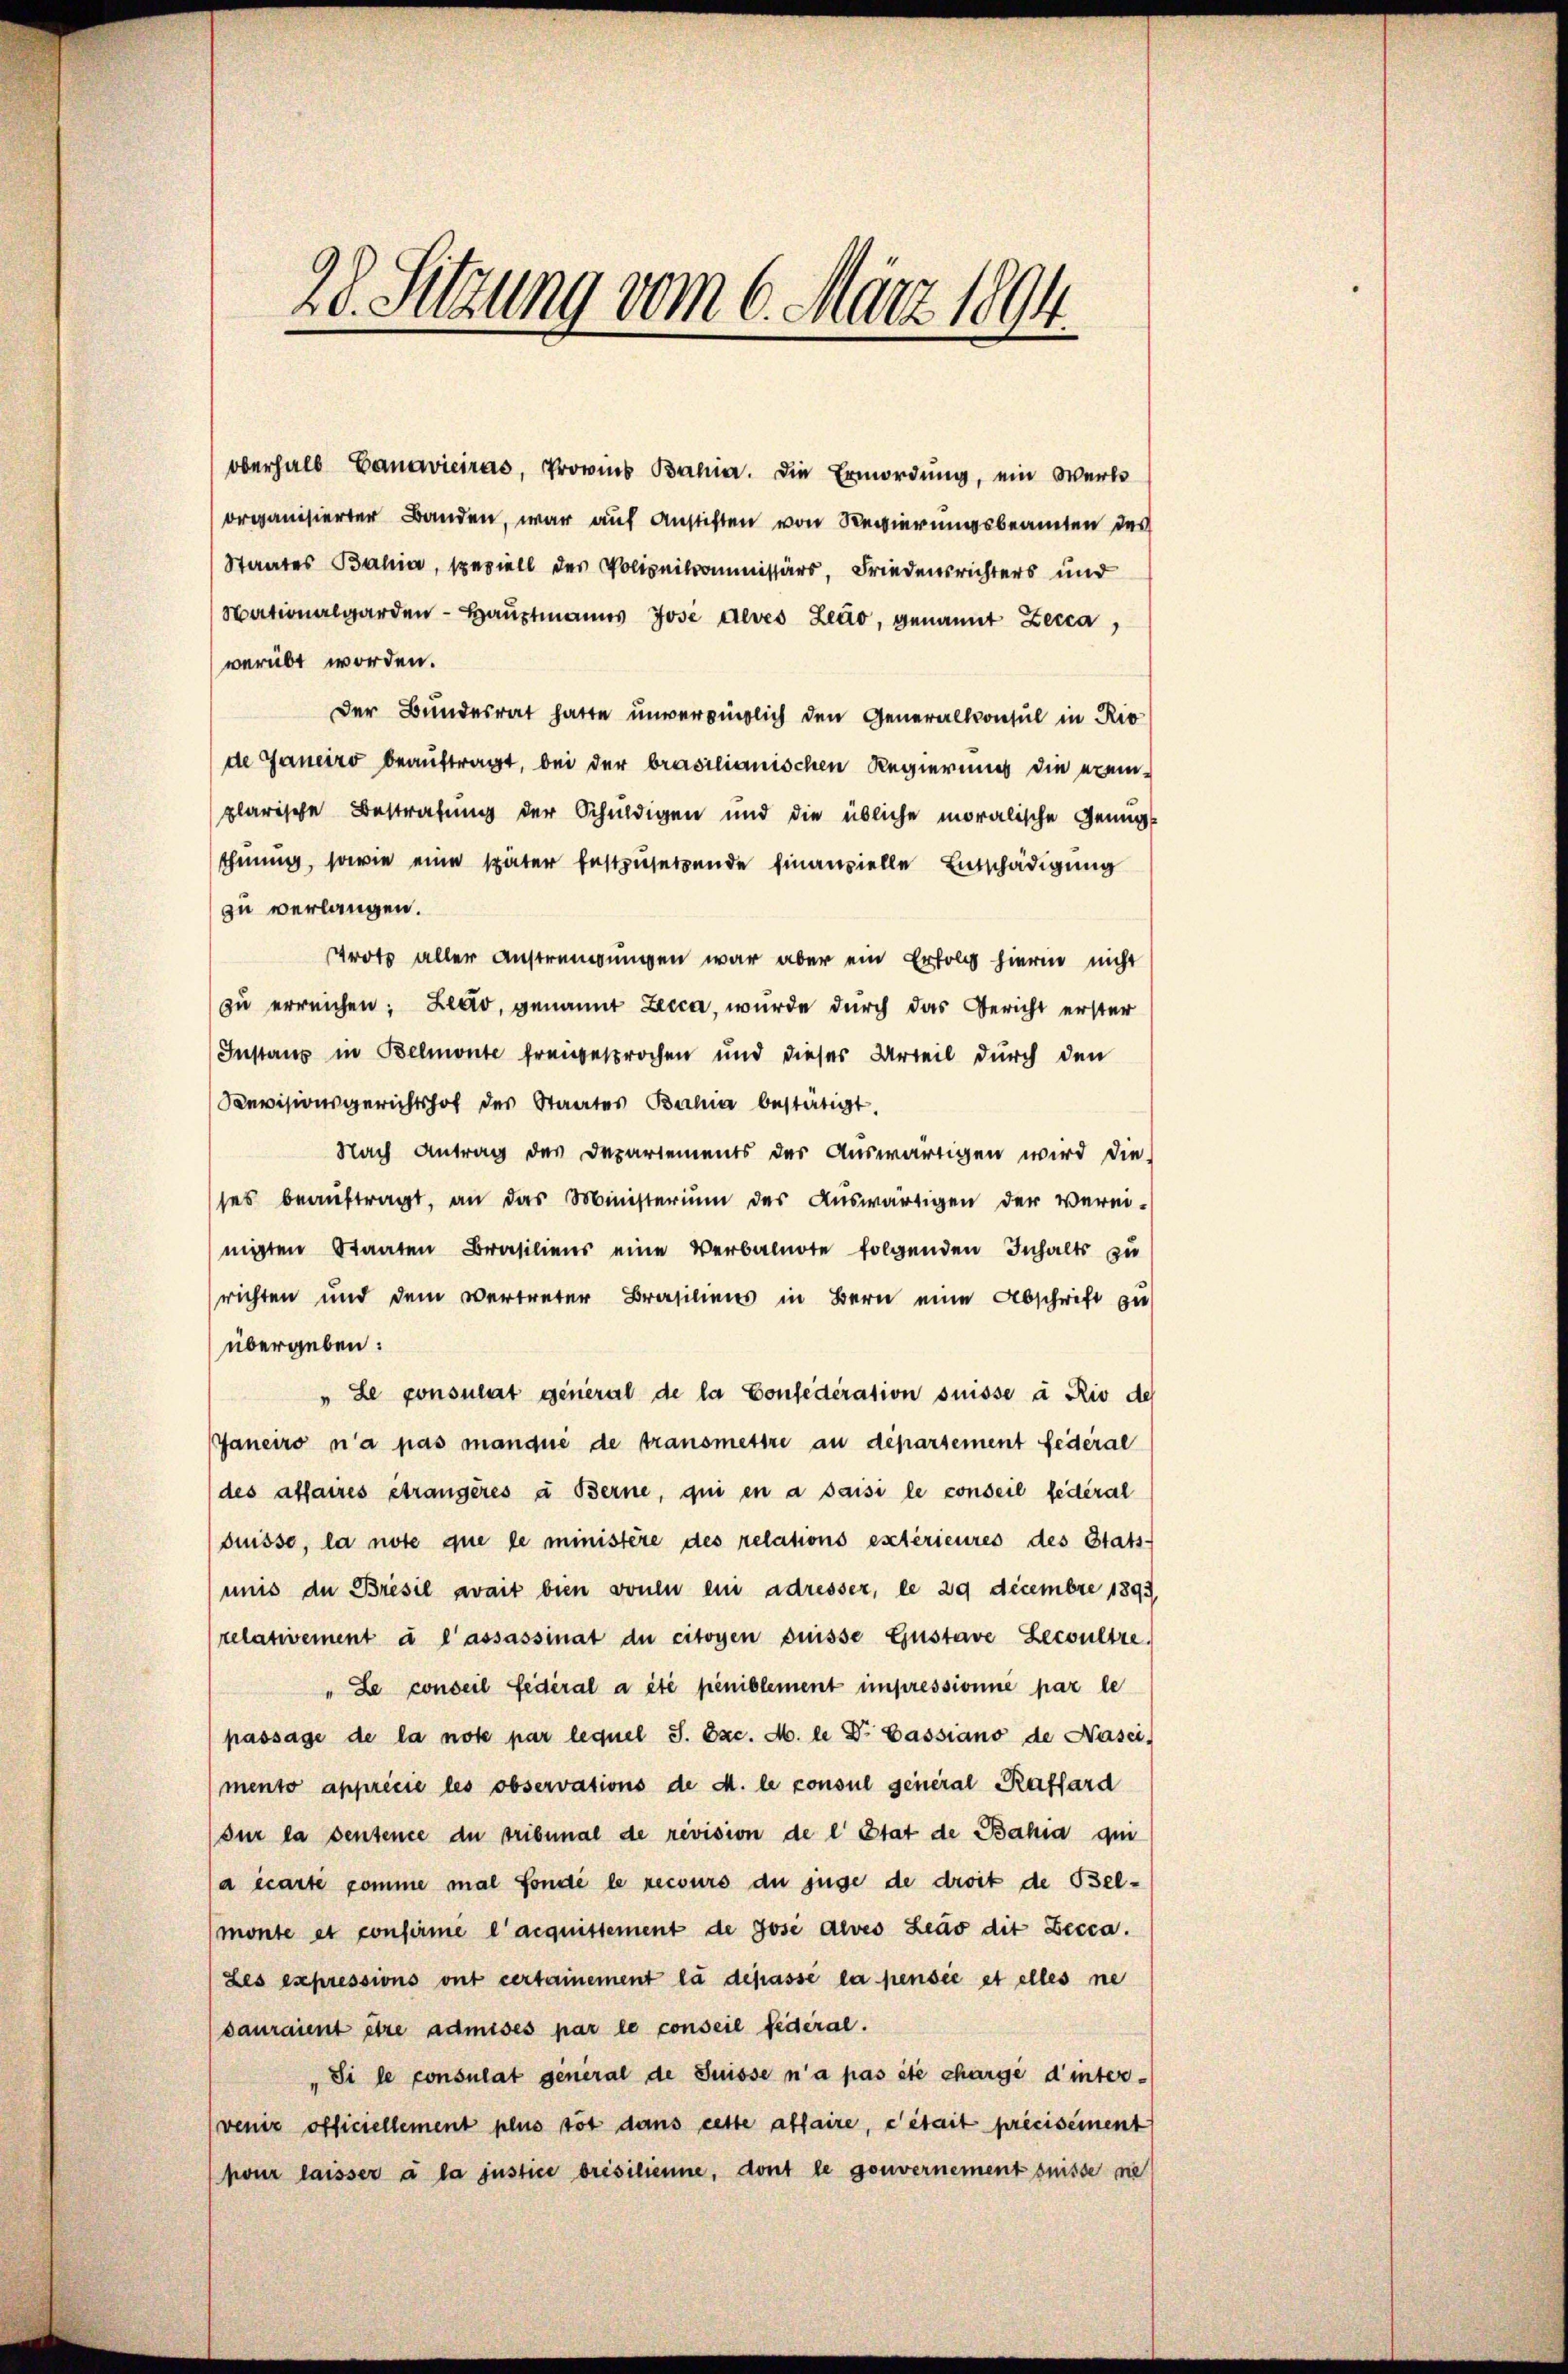
Nationalgarden - Hauptmanns José deves Zeuo, genannt Zecca,
verübt worden.
Der Bundesrat hatte unverbindlich den Generalkonsul in Rio
de Janeiro beauftragt, bei der brasilianischen Regierung die exemplarische Bestrafung der Schuldigen und die übliche moralische Genügt
thuung, sowie eine später festzusetzende finanzielle Entschädigung
zu verlangen.
trotz aller Anstrengungen war aber ein Erfolg hierin nicht
zu erreichen: Leo, genannt Lecca, wurde durch das Gericht erster
Instanz in Belmonte freigesprochen und dieses Urteil durch den
Sevisionsgerichtshof des Staates Bahia bestätigt.
Nach Antrag des Departements der Auswärtigen wird die
ses beaŭftragt, an das Ministerium des Auswärtigen der Verei-
nigten Staaten Brasiliens eine Verbalnote folgenden Inhalts zu
richten und dem vertreter Brasiliens in Bern eine Abschrift zu
übergeben:
" Le consulat general de la Confederation suisse à Rio des
Janeiro n’a pas manqué de transmettre au déparsement federal
des affaires étrangères à Berne, qui en a saisi le conseil fédéral
duisse, la note que le ministère des relations extérieures des Stats-
mnis de Bresil zwait bien vonen ein adresser, le 29 decembre 1893,
relativement à l’assassinat de citoyen düsse Gustave Lecultze
" Le conseil fédéral a été peniblement impressionie par le
passage de la note par lequel S. Exc. M. l Dr. Cassiano de Nasci,
mento apprécie les observations de M. le consul general Raffard
(sur la sentence du Tribunal de revision de l’Etat de Bahia qui
a écarte comme mal fondé le recours du juge de droit de Belmonte et confirme l’acquittement de Jose Alves Leuo dit Zecca.
Les expressions ont certainement la dépassé la pensée et elles ne
sauraient être admises par le conseil fédéral.
„Si le consulat general de Suisse n’a pas été chargé d’inter¬
(venir officiellement plus tot dans cette affaire, e était précisement
pour laisser à la justice brésilienne, dont le gouvernement suisse nie

28. Setzung vom 6. März 1894.

oberhalb Ganaviciras, Provins Bahia. Die Ermordung, ein Werk
organisierter Banden, war auf Anstiften von Regierungsbeamten des
Staates Bahia, speziell des Polizeikommissärs, Friedensrichters und